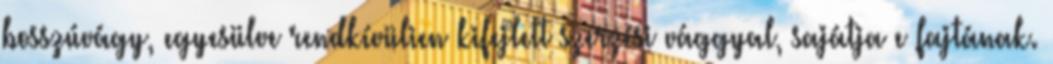
bosszúvágy, egyesülve rendkívülien kifejlett szerzési vággyal, sajátja e fajtának.